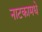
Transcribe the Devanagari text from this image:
नाटकामधे